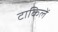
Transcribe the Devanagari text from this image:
टाकिलें